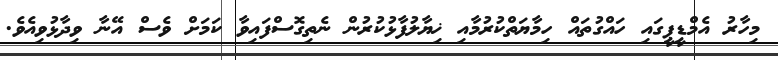
މިހާރު އެމްޑީޕީގައި ހައްގުތައް ހިމާޔަތްކުރުމާއި ޚިޔާލުފާޅުކުރުން ނެތިގޮސްފައިވާ ކަމަށް ވެސް އޭނާ ވިދާޅުވިއެވެ.